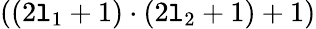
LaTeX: ((2\mathtt{l}_{1}+1)\cdot(2\mathtt{l}_{2}+1)+1)